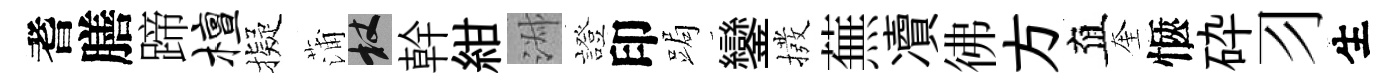
耆膳蹄檀擬蒲杖幹紺淑證印跼鑾撥蕪凟彿方直奎愜砕习生